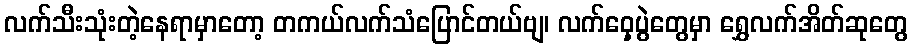
လက်သီးသုံးတဲ့နေရာမှာတော့ တကယ်လက်သံပြောင်တယ်ဗျ၊ လက်ဝှေ့ပွဲတွေမှာ ရွှေလက်အိတ်ဆုတွေ